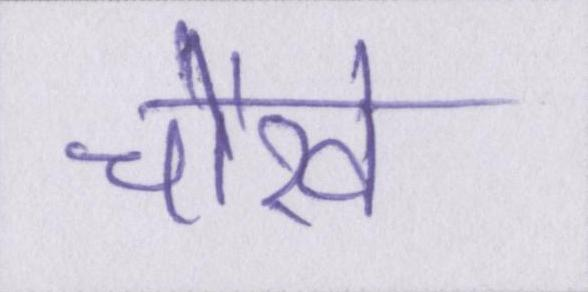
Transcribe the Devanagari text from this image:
चोखे